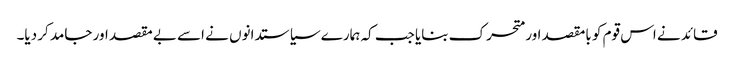
قائد نے اس قوم کو بامقصد اور متحرک بنایا جب کہ ہمارے سیاستدانوں نے اسے بے مقصد اور جامد کر دیا۔